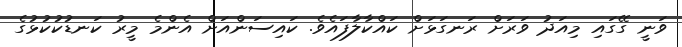
ވަނީ ގޭގައި މިއަދު ވަރަށް ރަނގަޅަށް ކައްކާލާފައެވެ. ކައިސަންއަށް އެންމެ މީރު ކަނޑުކުކުޅުގެ